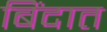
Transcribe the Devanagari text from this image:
बिंदात